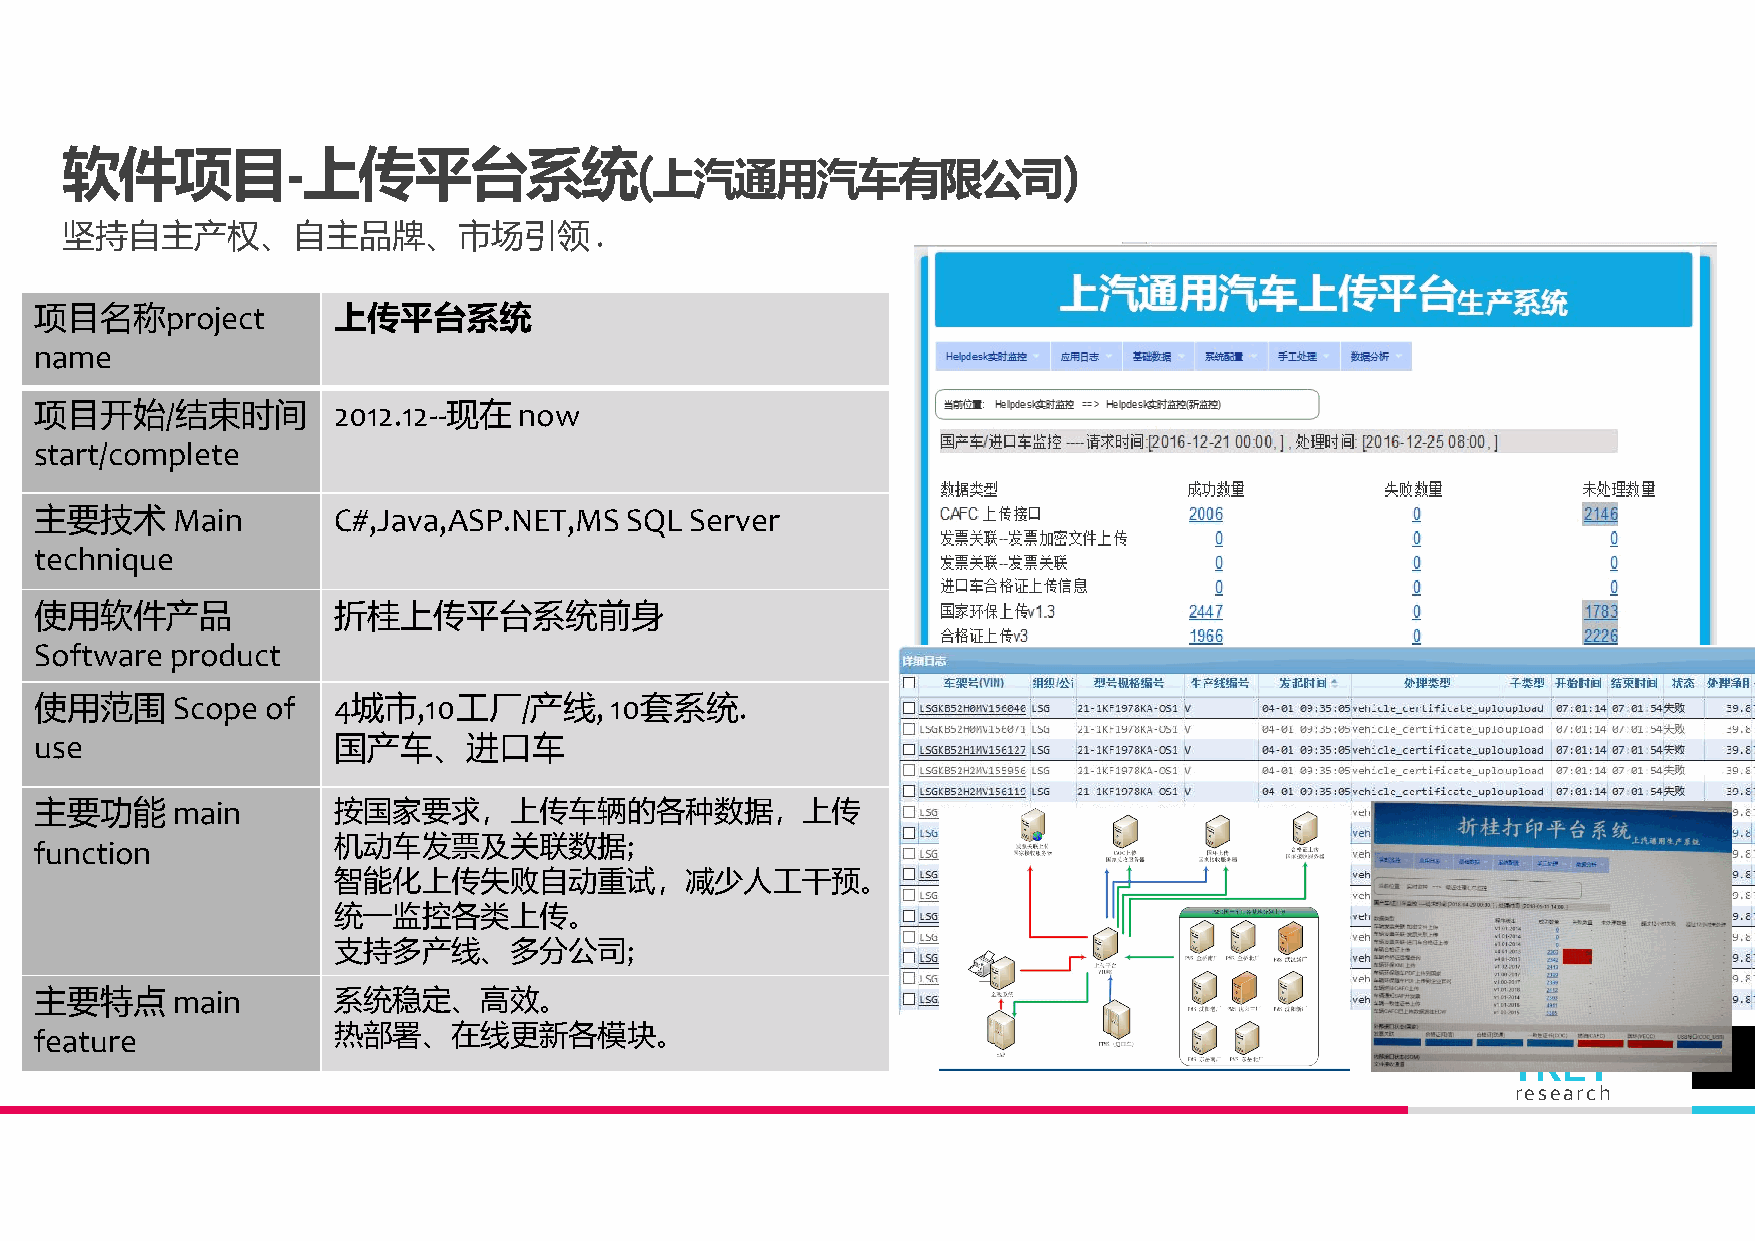
软件项目-上传平台系统(                                                      )
 上汽通用汽车有限公司
 坚持自主产权、自主品牌、市场引领.
 项目名称project         上传平台系统
 name
 项目开始/结束时间           2012.12--现在 now
 start/complete
 主要技术     Main       C#,Java,ASP.NET,MS SQL  Server
 technique
 使用软件产品              折桂上传平台系统前身
 Software product
 使用范围     Scope  of  4城市,10工厂/产线,      10套系统.
 use                 国产车、进口车
 主要功能     main       按国家要求，上传车辆的各种数据，上传
 function            机动车发票及关联数据;
 智能化上传失败自动重试，减少人工干预。
 统一监控各类上传。
 支持多产线、多分公司;
 主要特点     main       系统稳定、高效。
 feature             热部署、在线更新各模块。
 TREY         13
 research